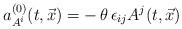
LaTeX: \begin{align*}a^{(0)}_{A^i} (t,\vec x) = -\, \theta\, \epsilon_{ij} A^j (t,\vec x)\end{align*}